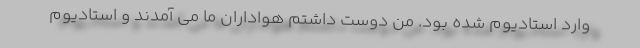
وارد استادیوم شده بود. من دوست داشتم هواداران ما می آمدند و استادیوم